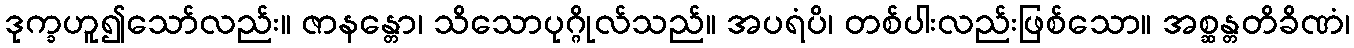
ဒုက္ခဟူ၍သော်လည်း။ ဇာနန္တော၊ သိသောပုဂ္ဂိုလ်သည်။ အပရံပိ၊ တစ်ပါးလည်းဖြစ်သော။ အစ္ဆန္တတိခိဏံ၊